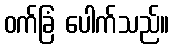
ဝက်ခြံ ပေါက်သည်။